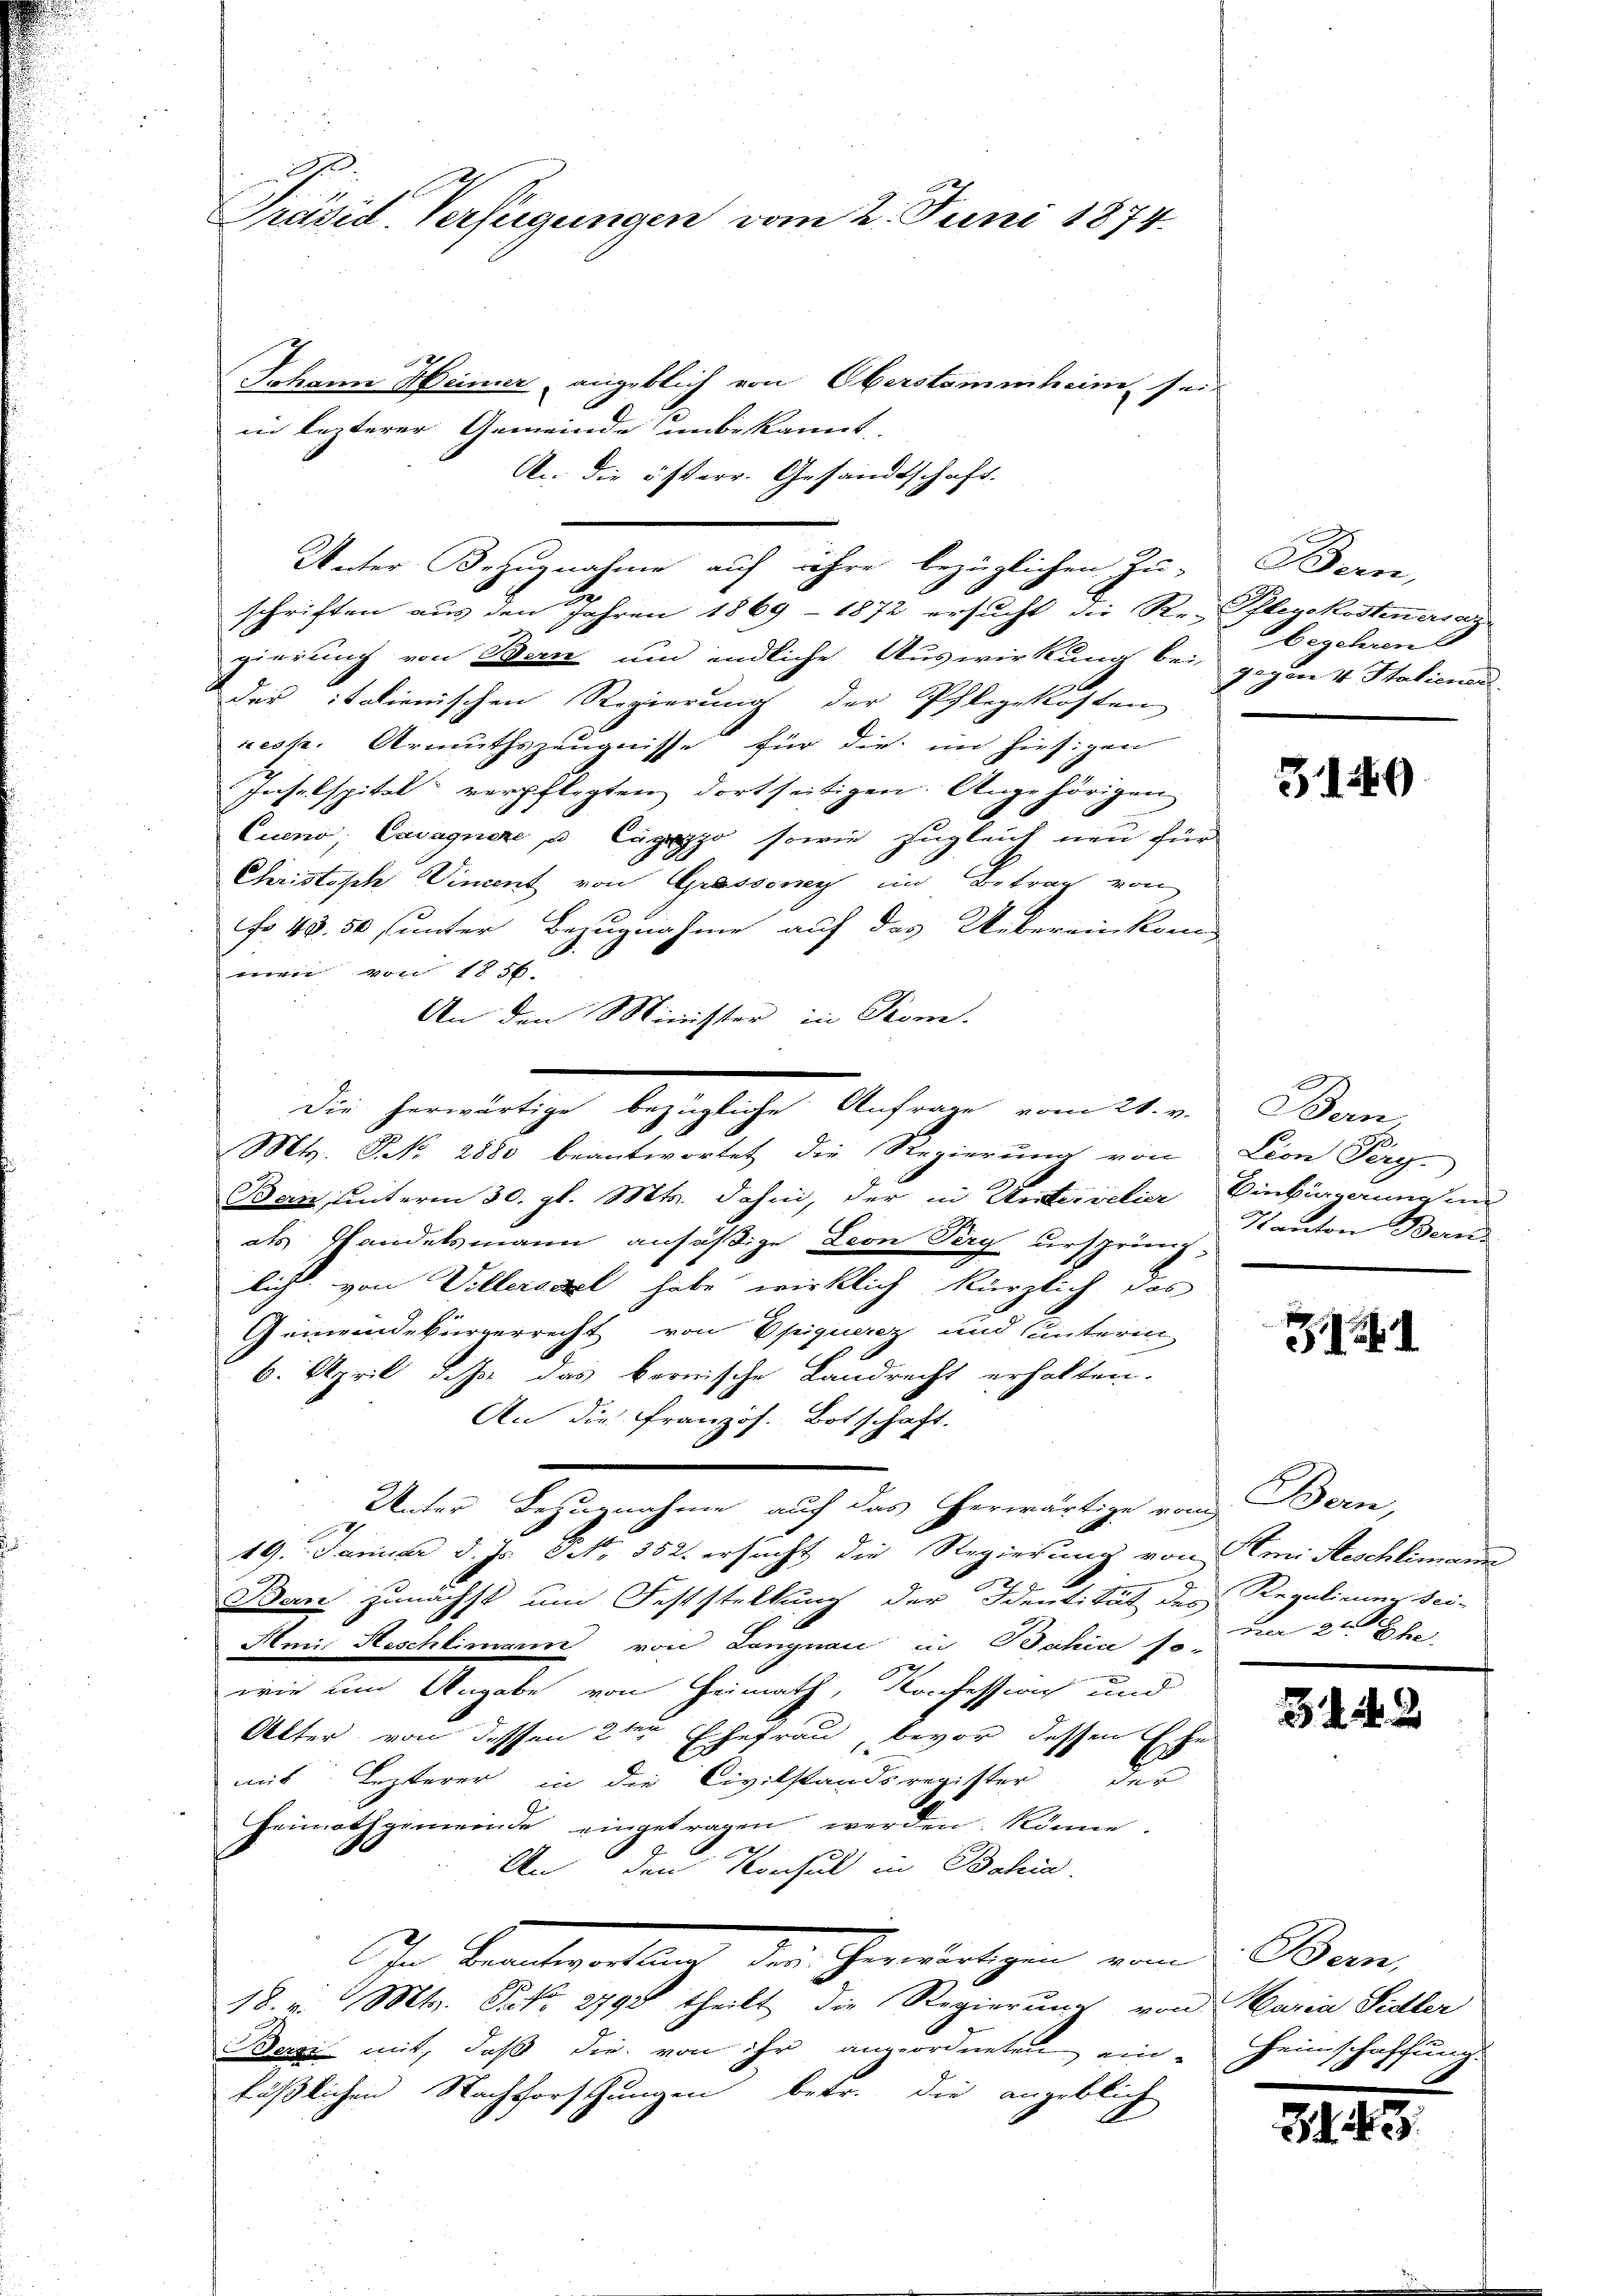
Präsid. Verfügungen vom 2. Juni 1874

Johann Heiner angeblich von Oberstammheim sei
An die österr. Gesandtschaft.
schriften aus den Jahren 1869 - 1872 ersucht die Reflegekostenersatz-
gierung von Bern und endliche Auswirkung bei gegen 4 Stationen
des italienischen Regierung der Pflegekosten
reck. Armuthszeugnisse für die im hiesigen
Inselspital verpflegten dortseitigen. Angehörigen
Cueno, Cacagnere u Caggo sowie zugleich neu für
Christisch Vincent von Grassony im Betrag von
fo 43. 50 unter Bezugnahme auf das Uebereinkom-
wer von 1856.
An den Minister in Prom.
Mts. N. 2880 beantwortet die Regierung von
Ban, unterm 30. gl. Mts. dahin, der in Untervelier Einkingerung un
als Handelsmann ansäßige Leon Perg urspring,
lich von Villersel habe wirklich kürzlich das
Gemeindebürgerrecht von Epiquerez und unterm
6. April d. Js. das bernische Landrecht erhalten.
An die Französ. Botschaft.
Unter Bezugnahme auf das herwärtige vom
19. Januar d. Js. No. 352. ersucht die Regierung von Ami Aeschlimann
Ban zunächst um Feststellung der Identität des Regulirung sei-
Aen Reschlimann von Langnau in Bahia so-
wie um Angabe von Heimath, Konfession und
Alter von dessen 2ten Ehefrau, bevor dessen Ehe
mit Lezterer in die Civilstandsregister der
Heimathgemeinde eingetragen werden könne.
1
g
An den Konsul in Bahia.
In Beantwortlauch den herwärtigen vom Bern,
18. v. Mts. Frk. 2790 theilt die Regierung von Maria Sidler
Bern mit, daß die von ihr angeordneten ein Heimschaffung.
fäßlichen Nachforschungen betr. die angeblich

in lezterer Gemeinde unbekannt

Die herwärtige bezügliche Anfrage vom 21. v. Bern,

Unter Bezugnahme auf ihre bezüglichen Zu- Bern,

begehren

3140

Lion Perg
Kanton Berne

1

Bern,
ve 2ten Ehe.

5149

145